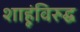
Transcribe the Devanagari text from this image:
शाहूंविरुद्घ